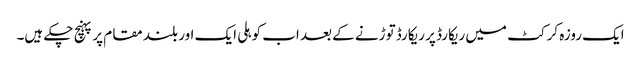
ایک روزہ کرکٹ میں ریکارڈ پر ریکارڈ توڑنے کے بعد اب کوہلی ایک اور بلند مقام پر پہنچ چکے ہیں۔